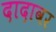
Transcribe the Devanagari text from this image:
दादावर